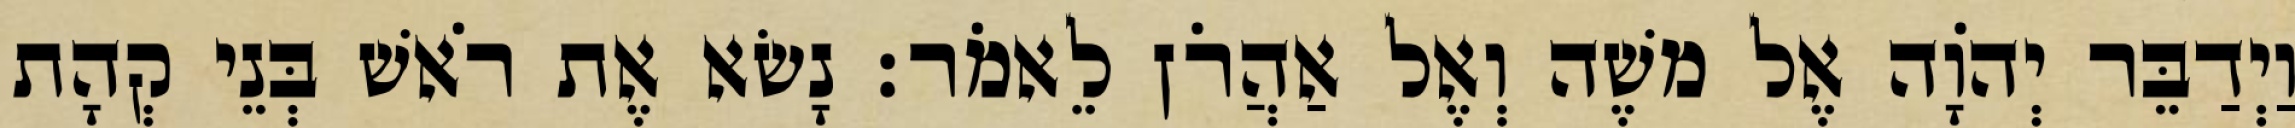
וַיְדַבֵּר יְהֹוָה אֶל משֶׁה וְאֶל אַהֲרֹן לֵאמֹר׃ נָשׂא אֶת רֹאשׁ בְּנֵי קְהָת